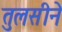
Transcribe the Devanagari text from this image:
तुलसीने